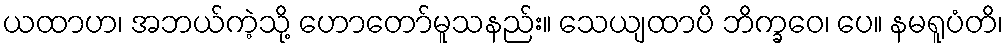
ယထာဟ၊ အဘယ်ကဲ့သို့ ဟောတော်မူသနည်း။ သေယျထာပိ ဘိက္ခဝေ၊ ပေ။ နမရူပံတိ၊